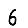
Digit: 6